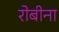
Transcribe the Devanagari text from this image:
रोबीना